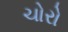
ચોરો